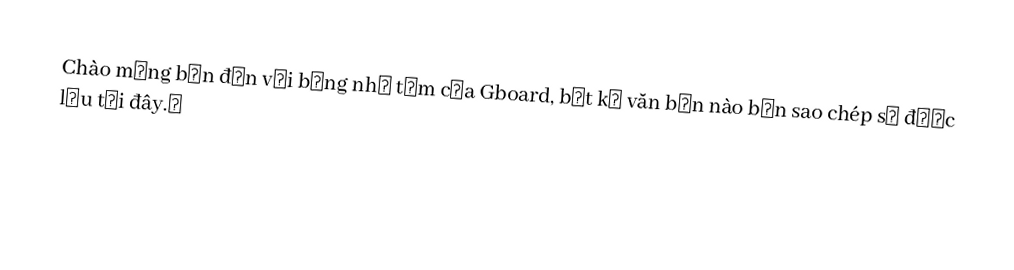
Chào mừng bạn đến với bảng nhớ tạm của Gboard, bất kỳ văn bản nào bạn sao chép sẽ được lưu tại đây.￼